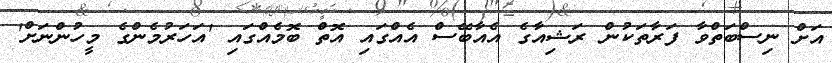
އަށް ނިސްބަތްވާ ފަރާތަކުން ރަޝިއާގެ އެއާބޭސް އެއްގައި އޮތް ބޮމެއްގައި 'އަހަރުމެންގެ މީހުންނަށް'